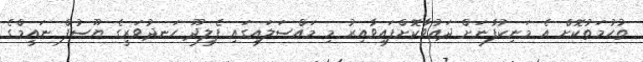
ތުހުމަތުކޮށް އެ މަނިކުފާނަށް ދައުވާކޮށްފައިވާއިރު މި މައްސަލައިގައި ފެލިދޫ ހަނދުވަރީގެ ޔޫސުފް ނައީމްގެ